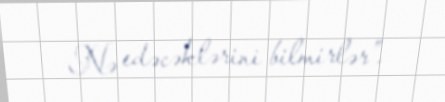
Nə edəcəklərini bilmirlər”.